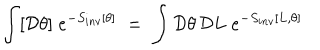
LaTeX: \int [ { \mathcal D } \theta ] \; e ^ { - S _ { i n v } [ \theta ] } \; = \; \int { \mathcal D } \theta \, { \mathcal D } L \; e ^ { - S _ { i n v } [ L , \theta ] }